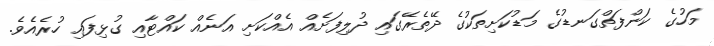
މަހުގެ ކަންފަތްގަނޑުގެ މަޑުކަށިތަކުގެ ދޭތެރޭގައި ދުލިފަށެއް އެއްކަށި އަނެއް ކައްޓާއި ގުޅިފައި ހުރެއެވެ.